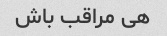
هی مراقب باش